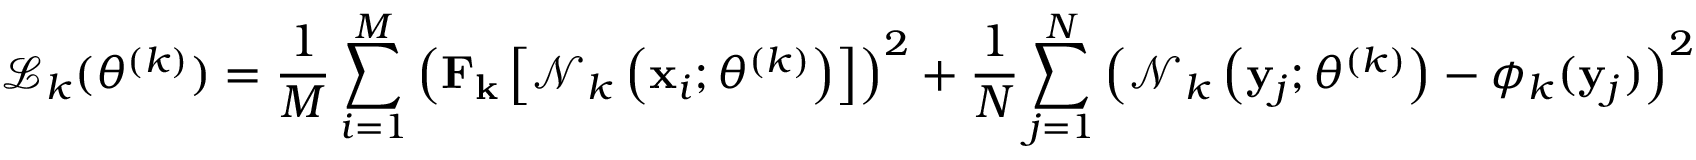
\mathcal { L } _ { k } ( \theta ^ { ( k ) } ) = \frac { 1 } { M } \sum _ { i = 1 } ^ { M } \left( \mathbf { F _ { k } } \left[ \mathcal { N } _ { k } \left( \mathbf { x } _ { i } ; \theta ^ { ( k ) } \right) \right] \right) ^ { 2 } + \frac { 1 } { N } \sum _ { j = 1 } ^ { N } \left( \mathcal { N } _ { k } \left( \mathbf { y } _ { j } ; \theta ^ { ( k ) } \right) - \phi _ { k } ( \mathbf { y } _ { j } ) \right) ^ { 2 }